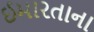
ઈમારતાના